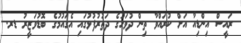
ރައީސް އިންޑިއާ އަށް ކުރައްވާ ތިން ދުވަހުގެ ދަތުރުފުޅުގައި އެގައުމުގެ ބޮޑުވަޒީރު ޑރ.